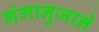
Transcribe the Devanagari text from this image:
गंगानुजाने